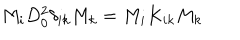
LaTeX: M _ { i } D _ { 0 } ^ { 2 } \delta _ { i k } M _ { k } = M _ { i } K _ { i k } M _ { k }